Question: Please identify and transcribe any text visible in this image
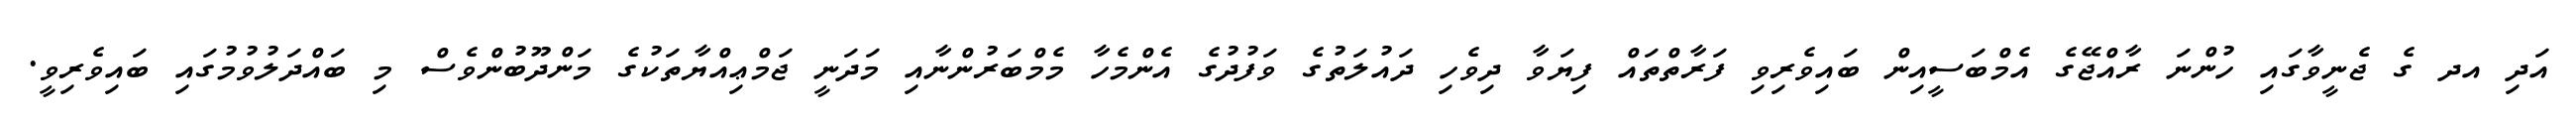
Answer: އަދި އދ ގެ ޖެނީވާގައި ހުންނަ ރާއްޖޭގެ އެމްބަސީއިން ބައިވެރިވި ފަރާތްތައް ފިޔަވާ ދިވެހި ދައުލަތުގެ ވަފުދުގެ އެންމެހާ މެމްބަރުންނާއި މަދަނީ ޖަމްޢިއްޔާތަކުގެ މަންދޫބުންވެސް މި ބައްދަލުވުމުގައި ބައިވެރިވީ.